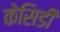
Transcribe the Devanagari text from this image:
केसिडी